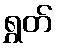
ရွှတ်